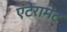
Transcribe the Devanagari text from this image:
एंटेरामेंट